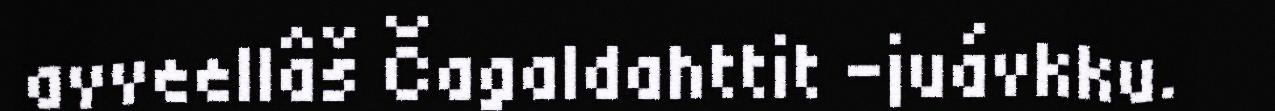
avveellâš Čagaldahttit -juávkku.